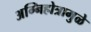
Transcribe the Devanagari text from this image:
अग्निहोत्रामुळे